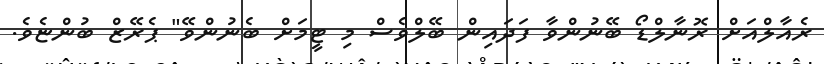
ރެއާލްއަށް ރޮނާލްޑޯ ބޭނުންވާ ފަދައިން ބޭލްވެސް މި ޓީމަށް ބެނުންވޭ" ޕެރޭޒް ބުންޏެވެ.